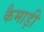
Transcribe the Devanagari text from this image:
कैमाड़ी